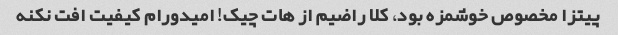
پیتزا مخصوص خوشمزه بود، کلا راضیم از هات چیک! امیدورام کیفیت افت نکنه